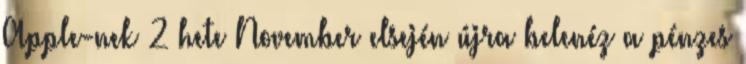
Apple-nek 2 hete November elsején újra belenéz a pénzes